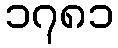
၁၇၈၁